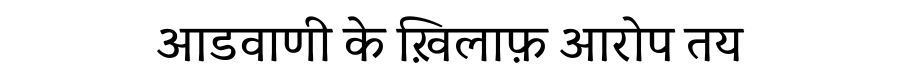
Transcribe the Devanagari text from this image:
आडवाणी के ख़िलाफ़ आरोप तय